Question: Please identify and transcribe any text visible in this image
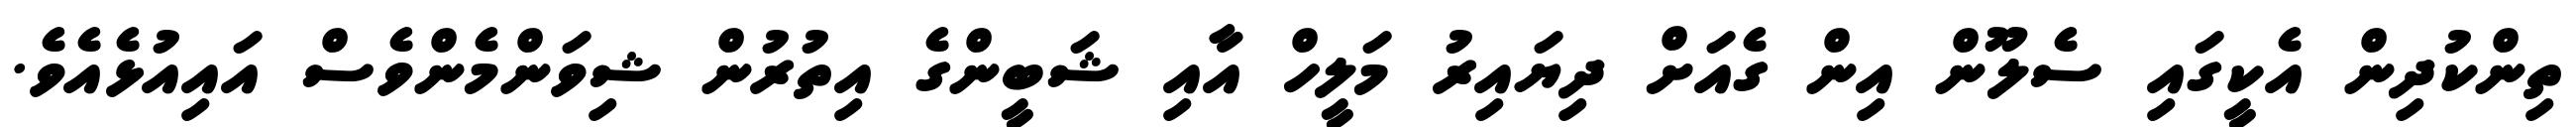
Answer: ތިންކުދިން އެކީގައި ސެލޫން އިން ގެއަށް ދިޔައިރު މަލީހް އާއި ޝަބީންގެ އިތުރުން ޝިވަންމެންވެސް އައިއުޅެއެވެ.